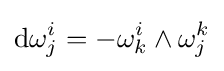
\mathrm {d} \omega _{j}^{i}=-\omega _{k}^{i}\wedge \omega _{j}^{k}